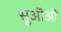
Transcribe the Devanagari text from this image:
सुऒऒ